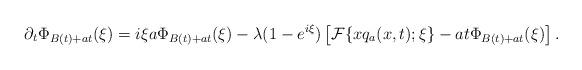
LaTeX: \begin{align*}\partial _{t}\Phi _{B(t)+at}(\xi )=i\xi a\Phi _{B(t)+at}(\xi )-\lambda(1-e^{i\xi })\left[ \mathcal{F}\{xq_{a}(x,t);\xi \}-at\Phi _{B(t)+at}(\xi )\right] . \end{align*}